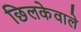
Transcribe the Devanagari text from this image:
छिलकेवाले